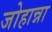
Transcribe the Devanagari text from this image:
जोहान्ना